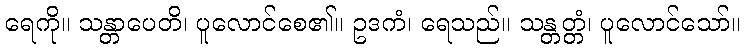
ရေကို။ သန္တာပေတိ၊ ပူလောင်စေ၏။ ဥဒကံ၊ ရေသည်။ သန္တတ္တံ၊ ပူလောင်သော်။